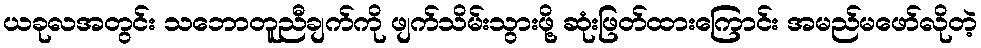
ယခုလအတွင်း သဘောတူညီချက်ကို ဖျက်သိမ်းသွားဖို့ ဆုံးဖြတ်ထားကြောင်း အမည်မဖော်လိုတဲ့